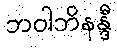
ဘဝါဘိနန္ဒီ